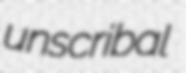
unscribal